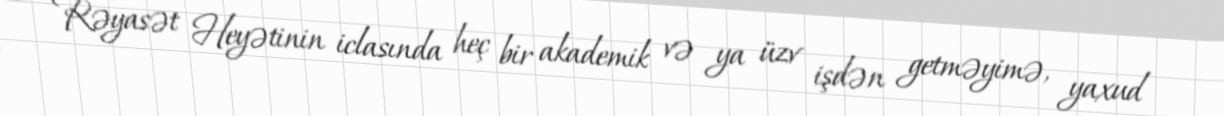
Rəyasət Heyətinin iclasında heç bir akademik və ya üzv işdən getməyimə, yaxud